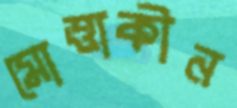
মোত্তাকীন